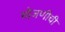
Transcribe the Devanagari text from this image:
मोजणीची